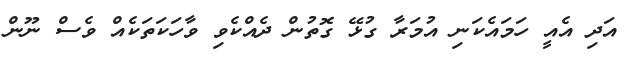
އަދި އެއީ ހަމައެކަނި އުމަރާ ގުޅޭ ގޮތުން ދެއްކެވި ވާހަކަތަކެއް ވެސް ނޫން